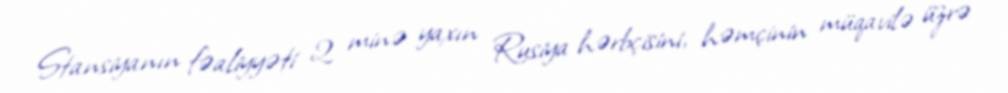
Stansiyanın fəaliyyəti 2 minə yaxın Rusiya hərbçisini, həmçinin müqavilə üzrə